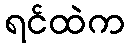
ရင်ထဲက